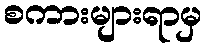
စကားများရာမှ